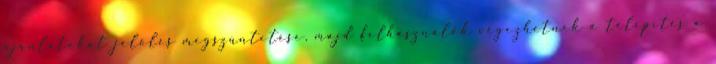
ajánlatokat jelölés megszüntetése, majd felhasználók végezhetnek a telepítés a